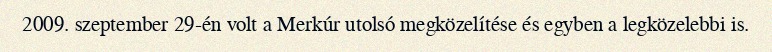
2009. szeptember 29-én volt a Merkúr utolsó megközelítése és egyben a legközelebbi is.